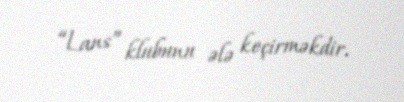
“Lans” klubunu ələ keçirməkdir.